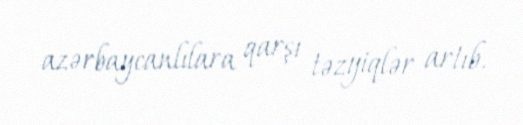
azərbaycanlılara qarşı təzyiqlər artıb.